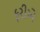
ફરીએ